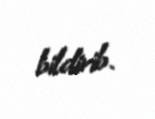
bildirib.